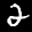
Label: 2